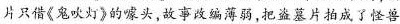
片只借《鬼吹灯》的噱头,故事故编薄弱,把盗墓片拍成了怪兽